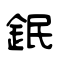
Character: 鈱